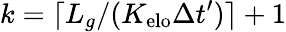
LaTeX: k=\lceil L_{g}/(K_{\mathrm{elo}}\Delta t^{\prime})\rceil+1